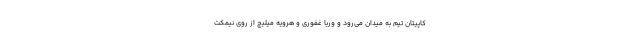
کاپیتان تیم به میدان می‌رود و وریا غفوری و هرویه میلیچ از روی نیمکت